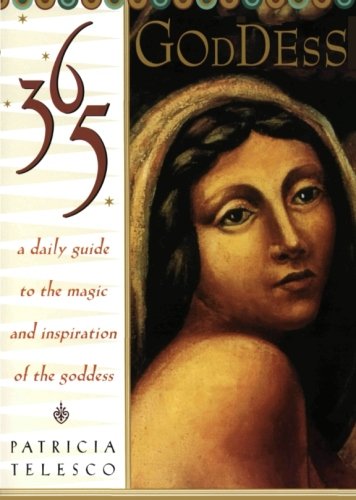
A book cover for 365 Goddess: A Daily Guide to the Magic and Inspiration of the Goddess; Patricia Telesco; Religion & Spirituality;